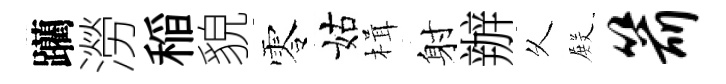
躪澇稲貌零姑楫射辦乆𭮺箭